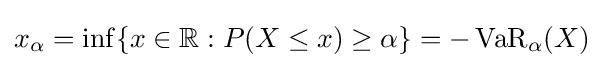
x_{\alpha }=\inf\{x\in \mathbb {R} :P(X\leq x)\geq \alpha \}=-\operatorname {VaR} _{\alpha }(X)